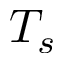
T _ { s }